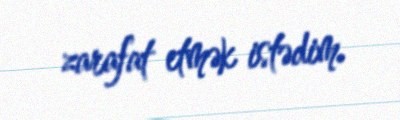
zarafat etmək istədim.